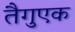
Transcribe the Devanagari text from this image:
तैगुएक